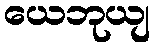
ယေဘုယျ